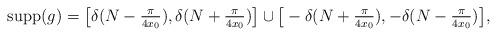
LaTeX: \begin{align*}{\rm supp}(g)=\big[\delta( N-\tfrac{\pi}{4x_0}), \delta (N+ \tfrac{\pi}{4x_0})\big]\cup \big[-\delta(N+\tfrac{\pi}{4x_0}), -\delta (N-\tfrac{\pi}{4x_0})\big],\end{align*}